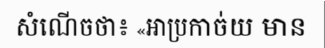
សំណើចថា៖ «អាប្រកាច់យ មាន